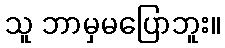
သူ ဘာမှမပြောဘူး။